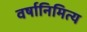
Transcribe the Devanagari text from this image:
वर्षानिमित्‍य